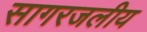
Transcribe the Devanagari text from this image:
सागरजलीय